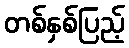
တစ်နှစ်ပြည့်